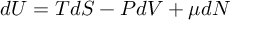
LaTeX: d U = T d S - P d V + \mu d N